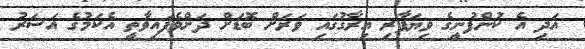
އަދި އެ ކުންފުނީގެ ވިޔަފާރި އިރާގުގައި ވަރަށް ބޮޑަށް ދަށްވެފައިވާތީ އެކަމުގެ އަސަރު